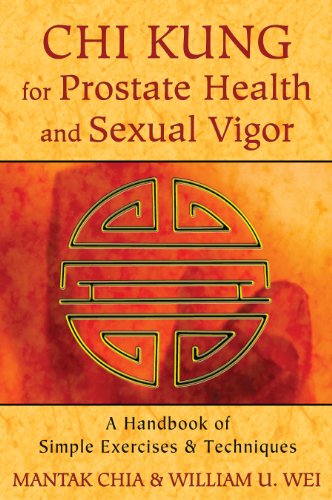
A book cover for Chi Kung for Prostate Health and Sexual Vigor: A Handbook of Simple Exercises and Techniques; Mantak Chia; Health, Fitness & Dieting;